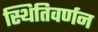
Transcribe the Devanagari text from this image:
स्थितिवर्णन